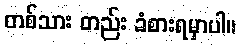
တစ်သား တည်း ခံစားရမှာပါ။